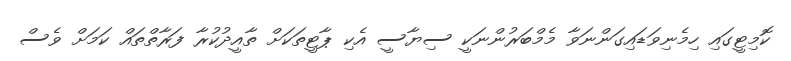
ކޮމިޓީގައި ހިމެނިވަޑައިގަންނަވާ މެމްބަރުންނަކީ ސިޔާސީ އެކި ޕާޓީތަކަށް ތާއީދުކުރާ ފަރާތްތައް ކަމަށް ވެސް